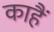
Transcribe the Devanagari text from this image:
काहैं